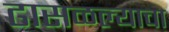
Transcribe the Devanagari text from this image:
ढासळल्याचा